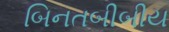
બિનતબીબીય